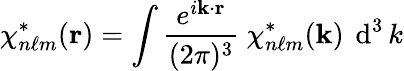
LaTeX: \chi_{n\ell m}^{*}({\mathbf{r}})=\int{\frac{~e^{i\mathbf{k}\cdot\mathbf{r}}~}{(2\pi)^{3}}}~\chi_{n\ell m}^{*}({\mathbf{k}})~\operatorname{d}^{3}k